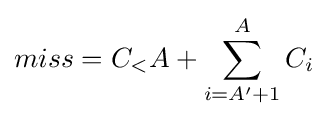
miss=C_{<}A+\sum _{i=A{'}+1}^{A}C_{i}